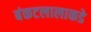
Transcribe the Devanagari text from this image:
बंकटलालाकडे